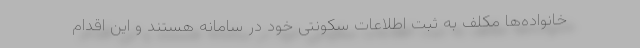
خانواده‌ها مکلف به ثبت اطلاعات سکونتی خود در سامانه هستند و این اقدام